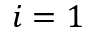
i = 1